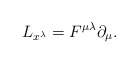
\begin{align*}L_{x^{\lambda}} = F^{\mu \lambda} \partial_{\mu}.\end{align*}